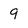
Character: 9